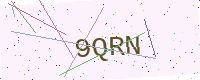
Text: 9QRN